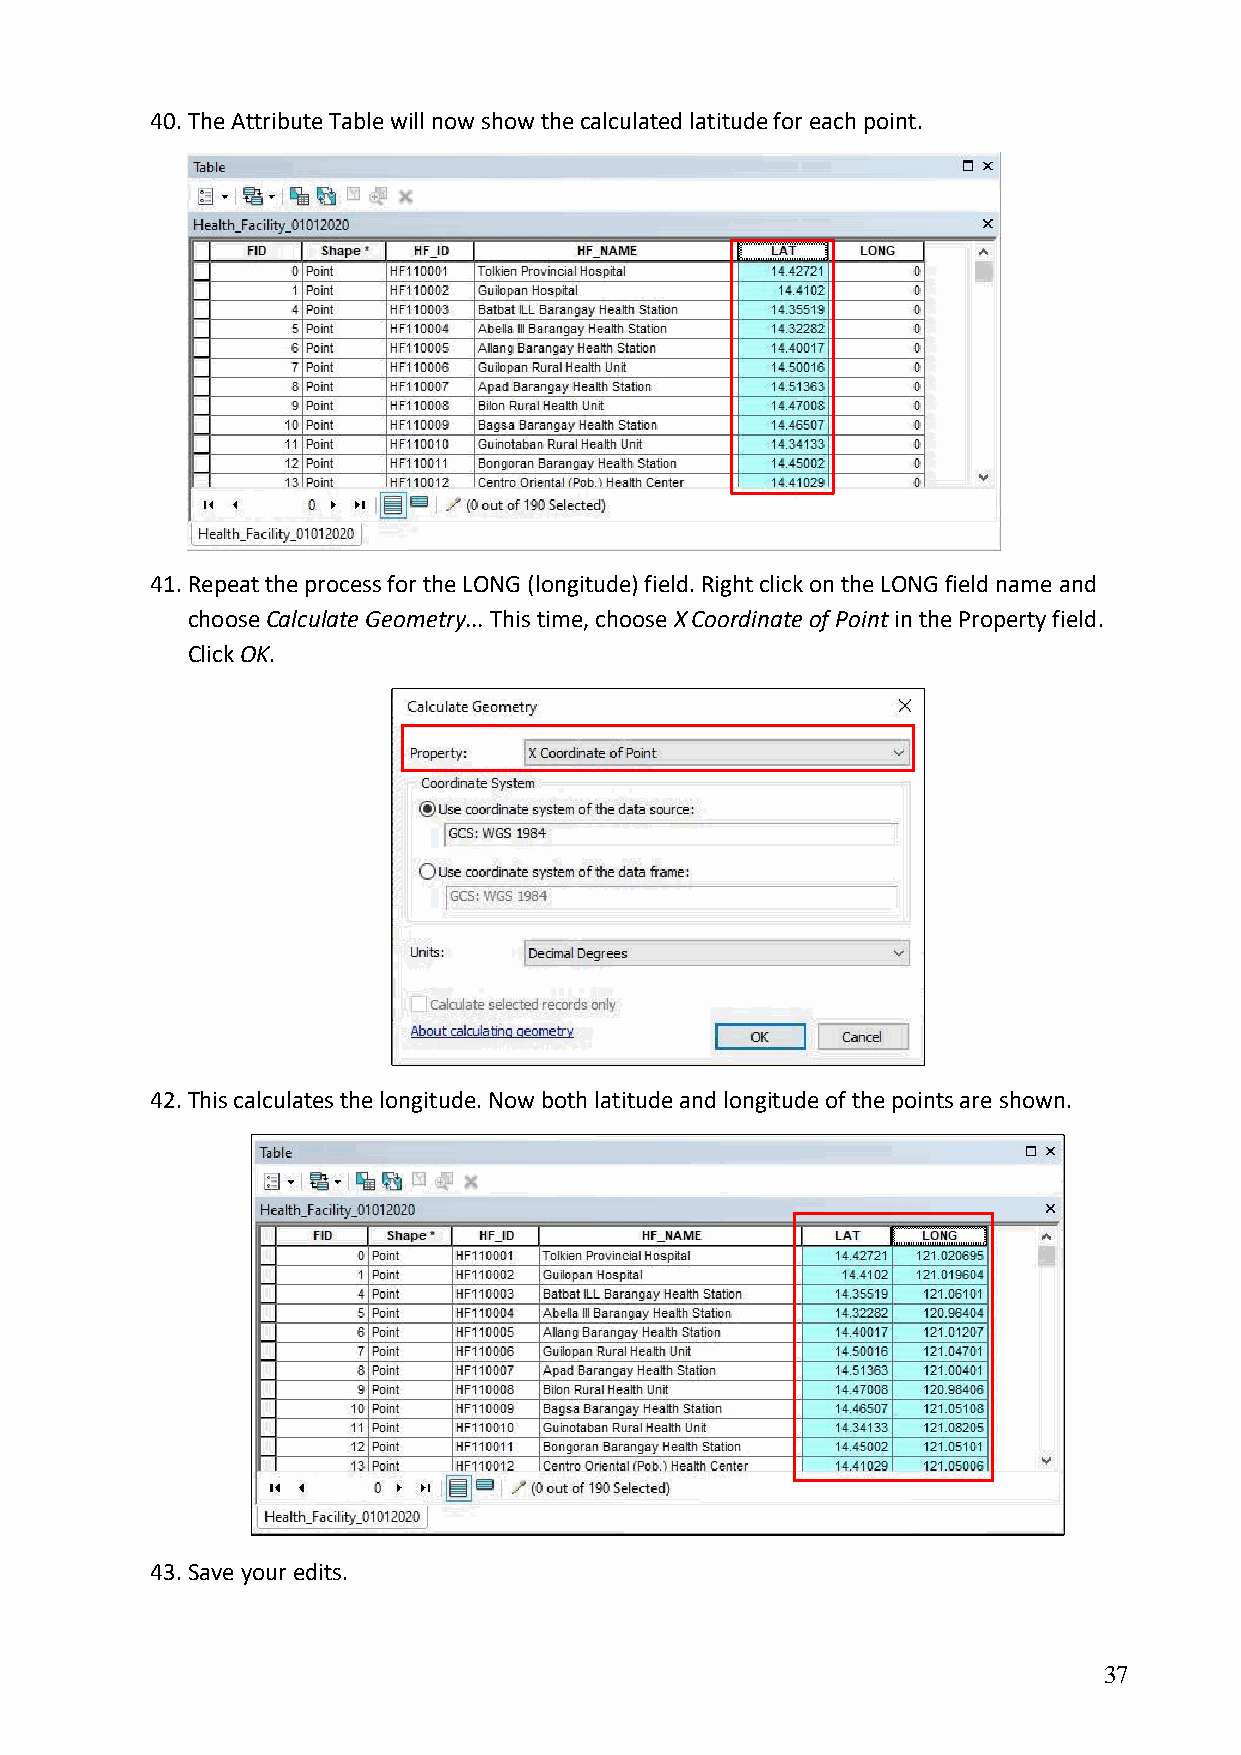
40. The Attribute Table will now show the calculated latitude for each point.
 41. Repeat the process for the LONG (longitude) field. Right click on the LONG field name and
 choose Calculate Geometry... This time, choose X Coordinate of Point in the Property field.
 Click OK.
 42. This calculates the longitude. Now both latitude and longitude of the points are shown.
 43. Save your edits.
 37